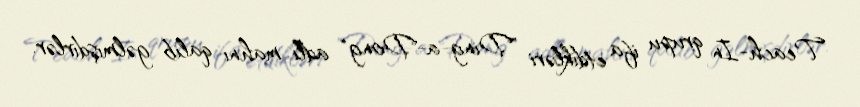
Teach-In qrupu ifa etdikləri "Ding-a-Dong" adlı mahnı qalib gəlmişdirlər.